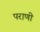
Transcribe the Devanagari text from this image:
पराणी